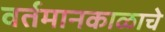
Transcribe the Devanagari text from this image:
वर्तमानकाळाचे